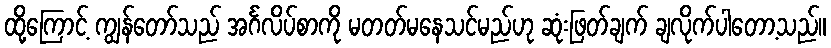
ထို့ကြောင့် ကျွန်တော်သည် အင်္ဂလိပ်စာကို မတတ်မနေသင်မည်ဟု ဆုံးဖြတ်ချက် ချလိုက်ပါတော့သည်။